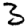
Digit: 3